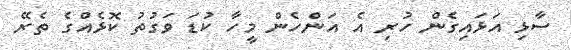
ސާޅި އަޅައިގެން ހުރި އެ އަންހެން މީހާ ކުޑަ ވަގުތު ކޮޅެއްގެ ތެރޭ